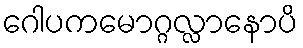
ဂေါပကမောဂ္ဂလ္လာနောပိ